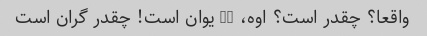
واقعا؟ چقدر است؟ اوه، 42 یوان است! چقدر گران است